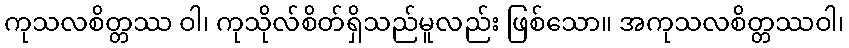
ကုသလစိတ္တဿ ဝါ၊ ကုသိုလ်စိတ်ရှိသည်မူလည်း ဖြစ်သော။ အကုသလစိတ္တဿဝါ၊